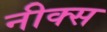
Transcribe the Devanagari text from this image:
नीक्स